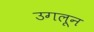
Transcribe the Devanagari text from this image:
उगलून